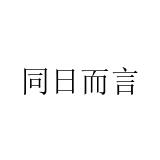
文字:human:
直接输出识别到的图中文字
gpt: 同日而言